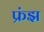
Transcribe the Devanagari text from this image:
फ्रंझ